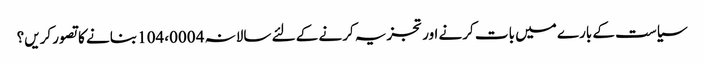
سیاست کے بارے میں بات کرنے اور تجزیہ کرنے کے لئے سالانہ 4 104،000 بنانے کا تصور کریں؟